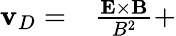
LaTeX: \begin{array}{rl}{\mathbf{v}_{D}=}&{{}\frac{\mathbf{E}\times\mathbf{B}}{B^{2}}+}\end{array}